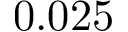
0 . 0 2 5